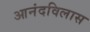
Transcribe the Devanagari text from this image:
आनंदविलास